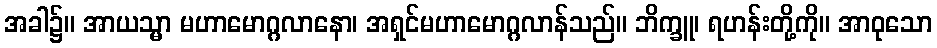
အခါ၌။ အာယသ္မာ မဟာမောဂ္ဂလာနော၊ အရှင်မဟာမောဂ္ဂလာန်သည်။ ဘိက္ခူ၊ ရဟန်းတို့ကို။ အာဝုသော